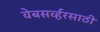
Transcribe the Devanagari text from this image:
वेबसर्व्हरसाठी